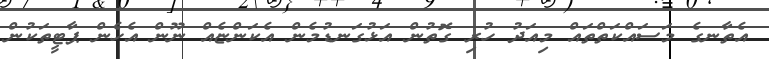
އެތާނގެ މަސައްކަތްތައް މިއަދު ހުރި ގޮތުން އަޅުގަނޑުމެން އެކަންޏެއް ނޫން އެހެން ޕާޓީތަކުން